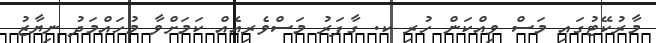
މާރުކޭޓުގައި މަސް ވިއްކަން ހުރި ކ. ގާފަރު މަސްވެރިއެއް ކަމަށްވާ މުހައްމަދު ނިޔާޒު